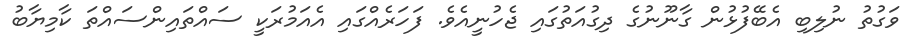
ވަގުތު ނުލިބި އެބޭފުޅުން ގާނޫނުގެ ދިގުއަތުގައި ޖެހުނީއެވެ. ފަހަރެއްގައި އެއަމުރަކީ ސައްތައިންސައްތަ ކާމިޔާބު